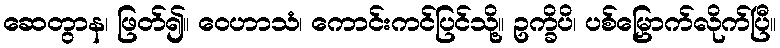
ဆေတွာန၊ ဖြတ်၍။ ဝေဟာသံ၊ ကောင်းကင်ပြင်သို့။ ဥက္ခိပိ၊ ပစ်မြှောက်လိုက်ပြီ။